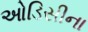
ઓડિસીના